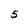
Character: 5